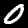
Digit: 0